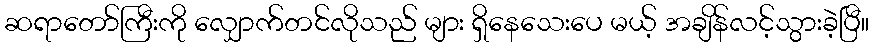
ဆရာတော်ကြီးကို လျှောက်တင်လိုသည် များ ရှိနေသေးပေ မယ့် အချိန်လင့်သွားခဲ့ပြီ။